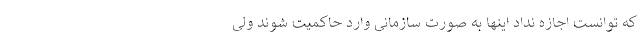
که توانست اجازه نداد اینها به‌ صورت سازمانی وارد حاکمیت شوند ولی